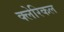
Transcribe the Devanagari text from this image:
क्लेरिकल